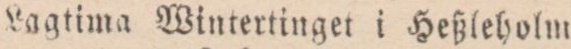
Lagtima Wintertinget i Heßleholm